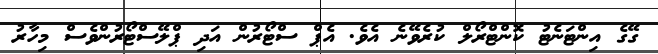
ގޭގެ އިންޓަނެޓު ކޮންޓްރޯލް ކުރެވޭނެ އެވެ. އެޕް ސްޓޯރުން އަދި ޕްލޭސްޓޯރުންވެސް މިހާރު